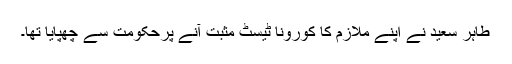
طاہر سعید نے اپنے ملازم کا کورونا ٹیسٹ مثبت آنے پرحکومت سے چھپایا تھا۔